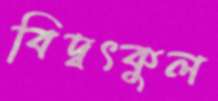
বিদ্বৎকুল